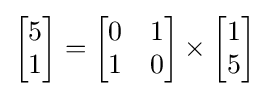
{\begin{bmatrix}5\\1\\\end{bmatrix}}={\begin{bmatrix}0&1\\1&0\\\end{bmatrix}}\times {\begin{bmatrix}1\\5\\\end{bmatrix}}_{}